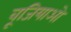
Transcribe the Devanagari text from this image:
वूजियाओ